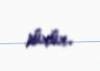
sürür.